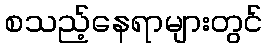
စသည့်နေရာများတွင်